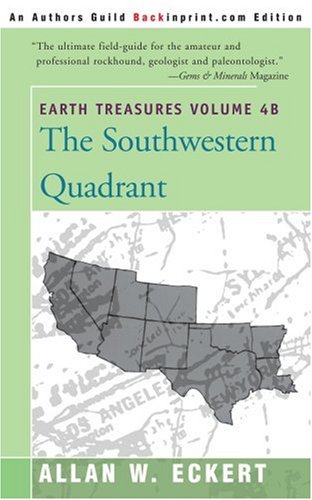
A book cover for Earth Treasures: The Southwestern Quadrant, Vol. 4B; Allan W. Eckert; Science & Math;